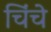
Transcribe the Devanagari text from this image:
चिंचे